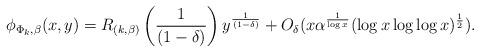
LaTeX: \begin{align*}\phi_{\Phi_k, \beta}(x, y)&= R_{(k, \beta)} \left(\frac{1}{(1-\delta)}\right)y^{\frac{1}{(1-\delta)}} +O_\delta( x \alpha^{\frac{1}{\log x}} (\log x \log\log x )^{\frac{1}{2}} ). \end{align*}